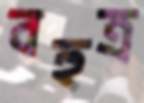
বহুত্র